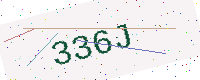
Text: 336J